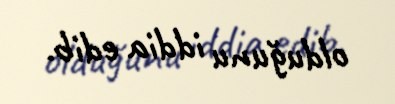
olduğunu iddia edib.